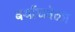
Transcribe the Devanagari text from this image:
बर्याचवेळा